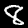
Label: 8